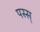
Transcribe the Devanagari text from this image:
पस्स्